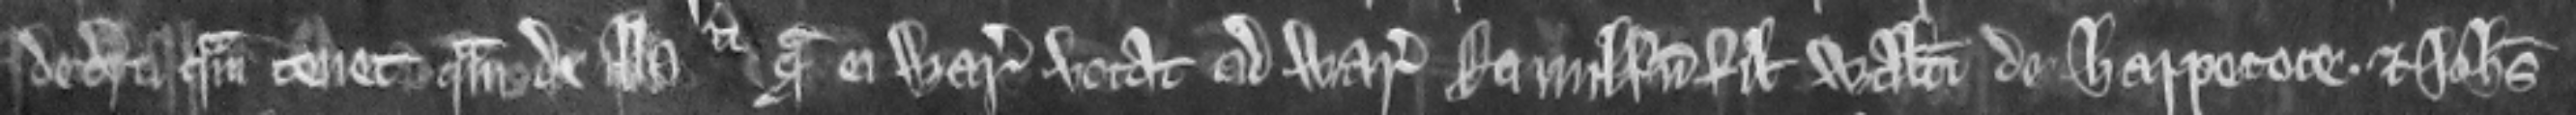
de terra quam tenet quam de illa quam ei warantizat vocat ad warantum Ranulfum filium Walteri de Harpecote. Et Johanne